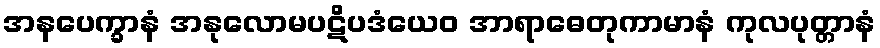
အနပေက္ခာနံ အနုလောမပဋိပဒံယေဝ အာရာဓေတုကာမာနံ ကုလပုတ္တာနံ